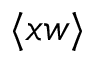
\langle x w \rangle